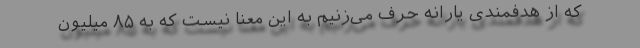
که از هدفمندی یارانه حرف می‌زنیم به این معنا نیست که به ۸۵ میلیون